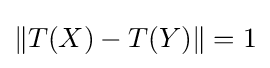
\lVert T(X)-T(Y)\rVert =1